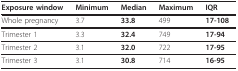
| Exposure window | Minimum | Median | Maximum | IQR |
 | --- | --- | --- | --- | --- |
 | Whole pregnancy | 3.7 | 33.8 | 499 | 17-108 |
 | Trimester 1 | 3.3 | 32.4 | 749 | 17-94 |
 | Trimester 2 | 3.1 | 32.0 | 722 | 17-95 |
 | Trimester 3 | 3.1 | 30.8 | 714 | 16-95 |